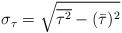
LaTeX: \begin{align*} \sigma_{\tau} = \sqrt{\overline{{\tau}^2}-(\bar\tau)^2 }\end{align*}